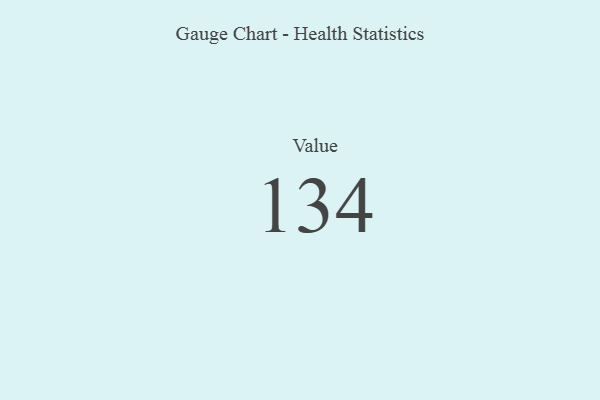
{"axis": {"x": "Metric", "y": "Value"}, "legend": [""], "data": [{"x": "Value", "y": 134, "type": ""}]}